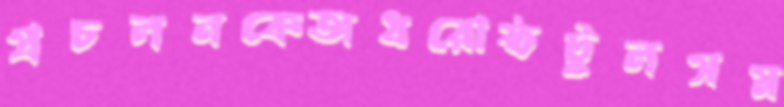
প্রচলনকেঅধরোষ্ঠটুলসম